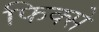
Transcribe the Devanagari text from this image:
फिक्से